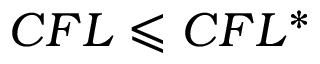
C F L \leqslant C F L ^ { * }